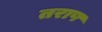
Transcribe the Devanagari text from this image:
तराष